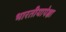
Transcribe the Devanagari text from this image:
भारतीयापेक्षा